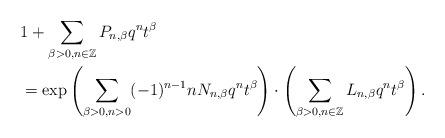
LaTeX: \begin{align*}&1+\sum_{\beta>0, n \in \mathbb{Z}}P_{n, \beta}q^n t^{\beta} \\&=\exp \left( \sum_{\beta>0, n>0} (-1)^{n-1} n N_{n, \beta} q^n t^{\beta} \right) \cdot \left( \sum_{\beta>0, n \in \mathbb{Z}} L_{n, \beta}q^n t^{\beta} \right).\end{align*}